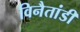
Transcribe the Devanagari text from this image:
विनैतांडी